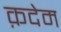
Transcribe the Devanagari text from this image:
क़देम